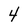
Character: 4